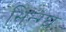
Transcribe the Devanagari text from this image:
सिन्ग्घ